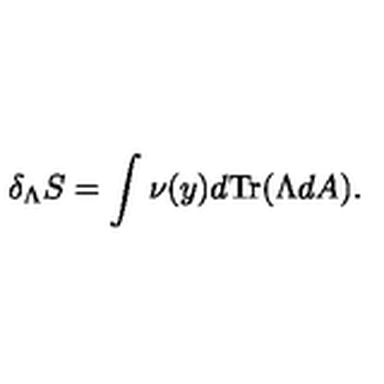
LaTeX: \delta _ { \Lambda } S = \int \nu ( y ) d \mathrm { T r } ( \Lambda d A ) .